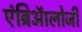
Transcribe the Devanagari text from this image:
एंब्रिऑलोजी